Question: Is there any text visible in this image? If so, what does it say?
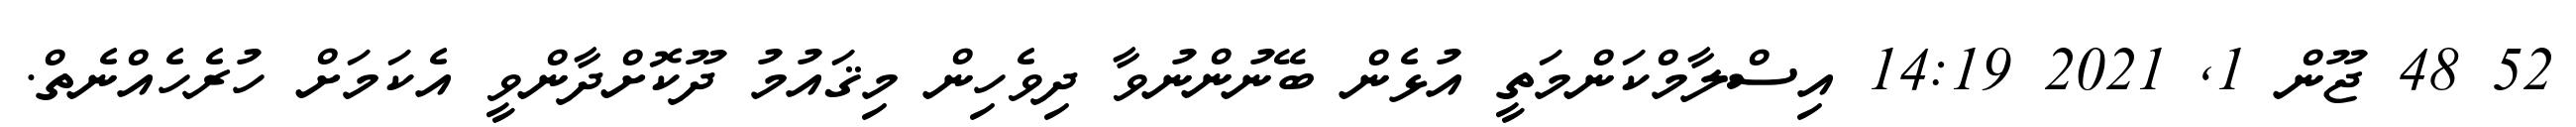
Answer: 52 48 ޖޫން 1, 2021 14:19 އިސްލާމްކަންމަތީ އުޅެން ބޭނުންނުވާ ދިވެހިން މިޤައުމު ދޫކޮށްދާންވީ އެކަމަށް ހުރެހެއްނެތް.